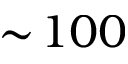
\sim \! 1 0 0